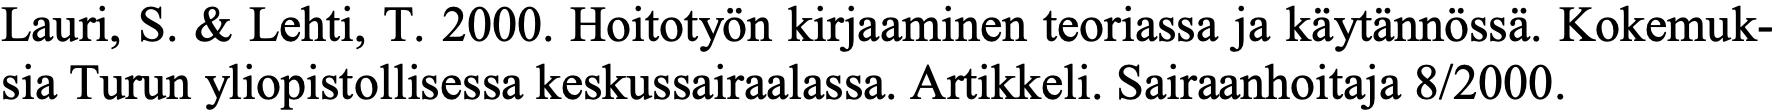
Lauri, S. & Lehti, T. 2000. Hoitotyön kirjaaminen teoriassa ja käytännössä. Kokemuk- sia Turun yliopistollisessa keskussairaalassa. Artikkeli. Sairaanhoitaja 8/2000.